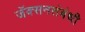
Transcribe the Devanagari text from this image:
जॅक्सनसंबंधी